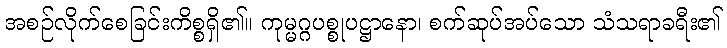
အစဉ်လိုက်စေခြင်းကိစ္စရှိ၏။ ကုမ္မဂ္ဂပစ္စုပဋ္ဌာနော၊ စက်ဆုပ်အပ်သော သံသရာခရီး၏